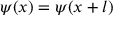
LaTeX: \psi ( x ) = \psi ( x + l )